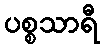
ပစ္စသာရီ